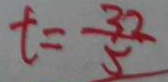
t = \frac { 3 2 } { 5 }